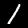
Digit: 1